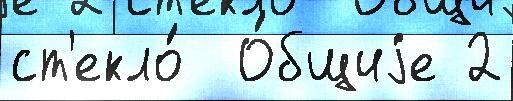
ст'екло́  О́бщиjе 2